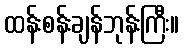
ထန်းစန်းချန်ဘုန်းကြီး။